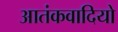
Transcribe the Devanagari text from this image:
आतंकवादियो